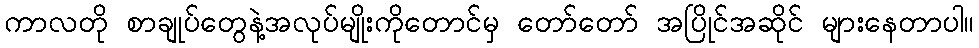
ကာလတို စာချုပ်တွေနဲ့အလုပ်မျိုးကိုတောင်မှ တော်တော် အပြိုင်အဆိုင် များနေတာပါ။